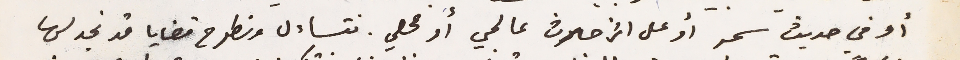
أو في حديث سمر أو على اثر حادث عالمي أو محلي. نتساءل ونطرح قضايا قد نجد لها